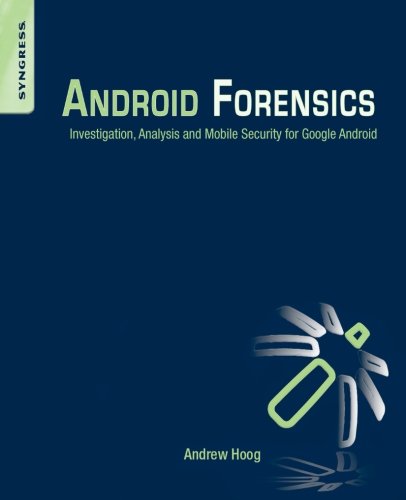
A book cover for Android Forensics: Investigation, Analysis and Mobile Security for Google Android; Andrew Hoog; Computers & Technology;